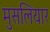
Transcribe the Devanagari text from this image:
मुसलियार